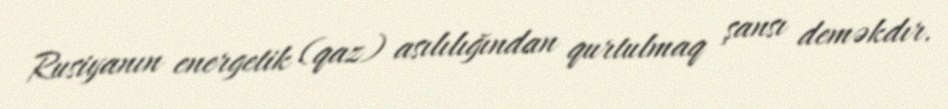
Rusiyanın energetik (qaz) asılılığından qurtulmaq şansı deməkdır.